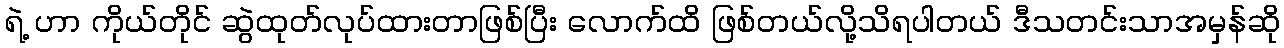
ရဲ့ ဟာ ကိုယ်တိုင် ဆွဲထုတ်လုပ်ထားတာဖြစ်ပြီး လောက်ထိ ဖြစ်တယ်လို့သိရပါတယ် ဒီသတင်းသာအမှန်ဆို